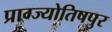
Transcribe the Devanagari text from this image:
प्राग्ज्योतिषपुर